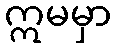
ဣမမှာ